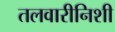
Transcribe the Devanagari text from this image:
तलवारीनिशी